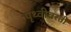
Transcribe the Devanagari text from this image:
पृथ्वीवरती